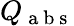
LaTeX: Q_{\mathrm{~a~b~s~}}